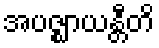
အပဇ္ဈာယန္တီတိ